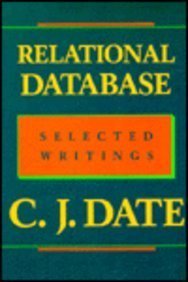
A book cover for Relational Database: Selected Writings; Chris J. Date; Computers & Technology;